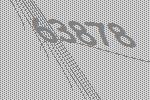
63878